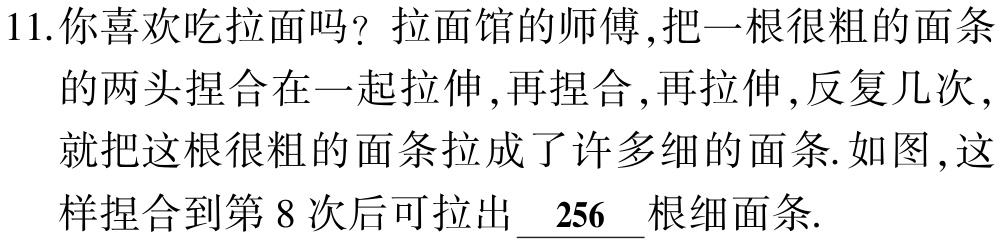
11.你喜欢吃拉面吗？拉面馆的师傅,把一根很粗的面条的两头捏合在一起拉伸,再捏合,再拉伸,反复几次,就把这根很粗的面条拉成了许多细的面条.如图,这样捏合到第 8 次后可拉出$\underline{256}$根细面条.